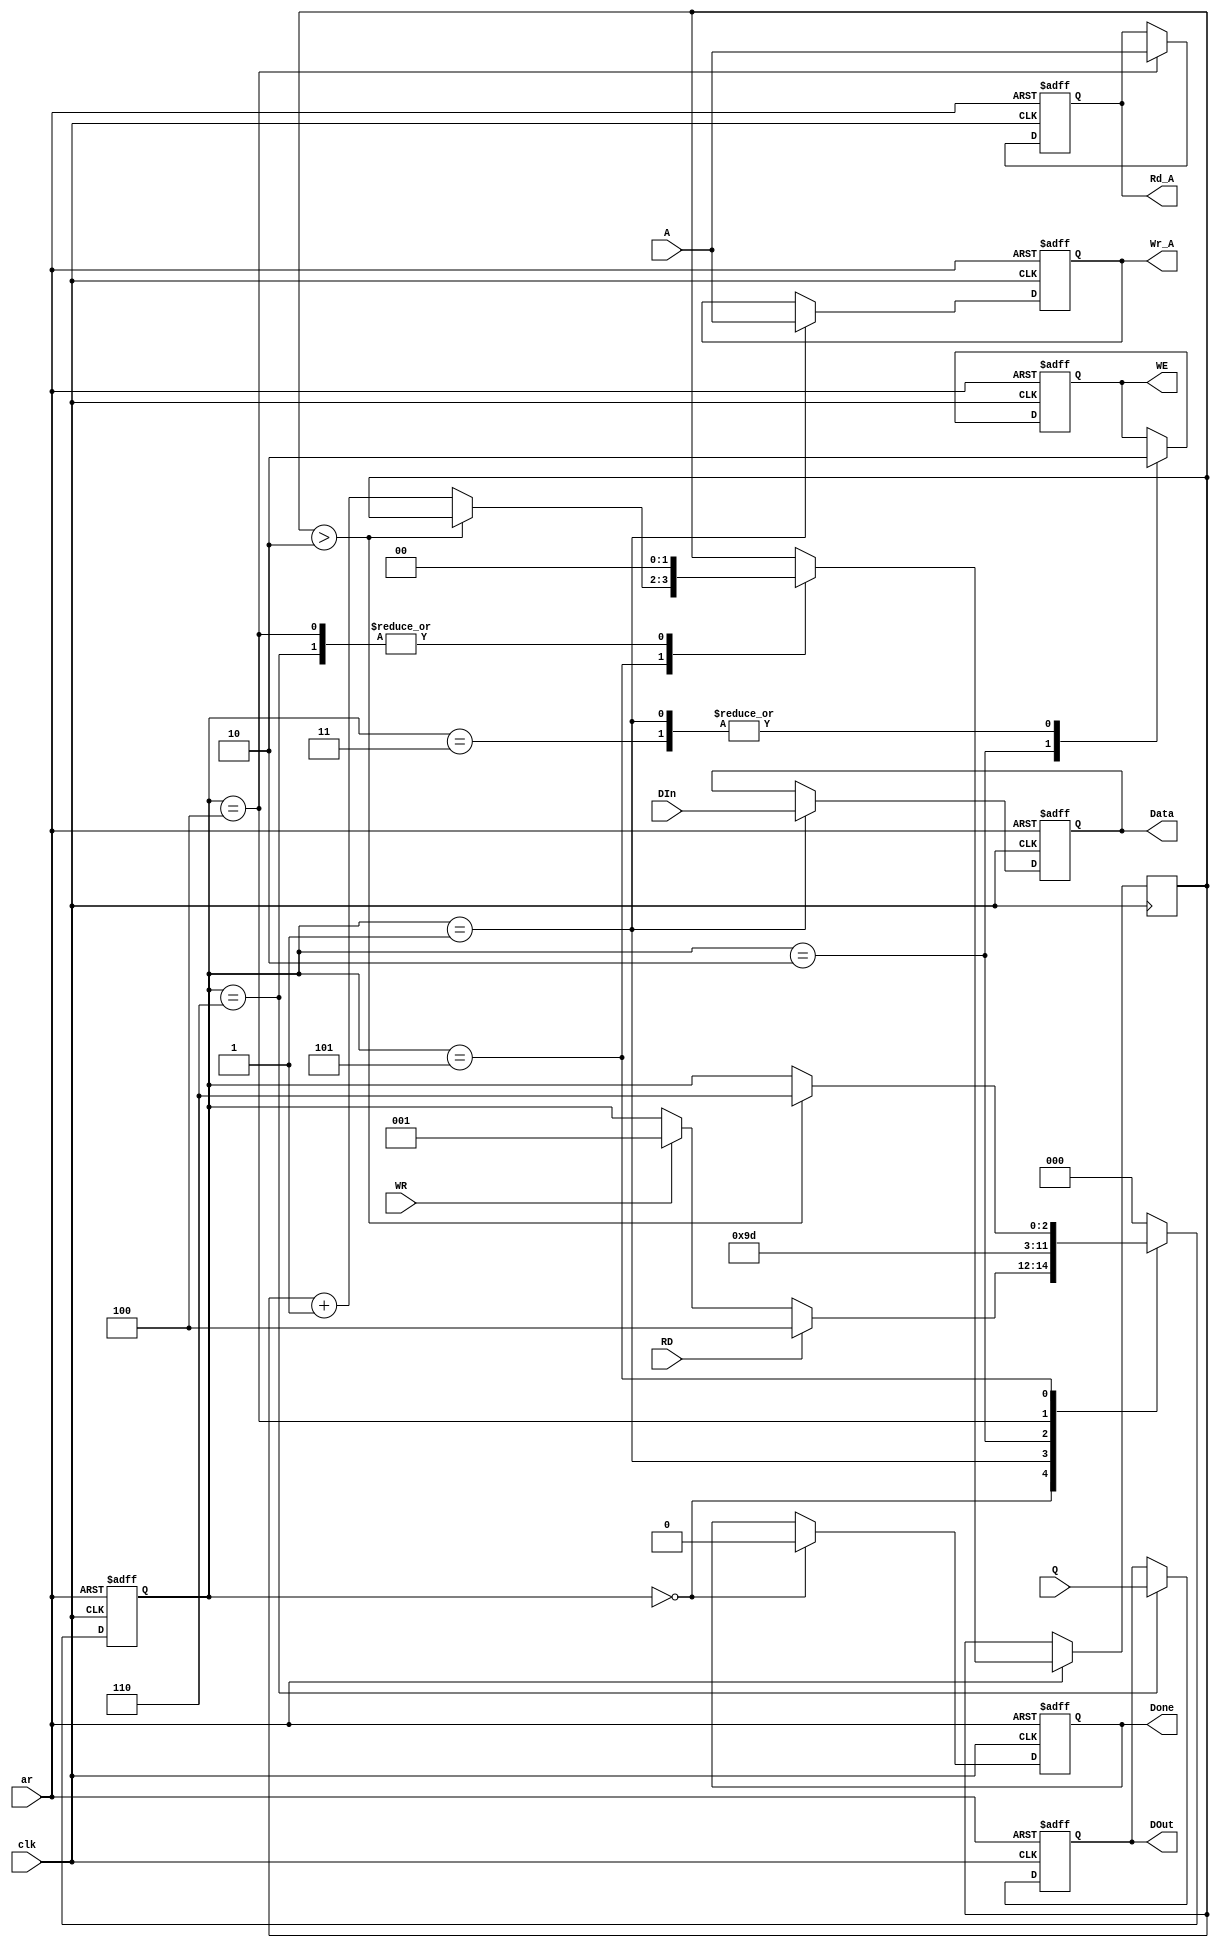
/*
/  Jack Mravunac
/  DPRAM_Controller.v
/  Controller for the DPRAM
/  27 February 2020
*/

`timescale 100 ns / 1 ns

module DPRAM_Controller(clk, ar, RD, WR, A, DIn, Q,
	DOut, Data, Wr_A, Rd_A, Done, WE);
	
	input clk, RD, WR, ar;
	input [9:0] A;
	input [15:0] DIn, Q;
	
	output reg [15:0] DOut, Data;
	output reg [9:0] Wr_A, Rd_A;
	output reg Done, WE;
	
	parameter [2:0]   Idle = 3'b0, Wr1 = 3'b001, Wr2 = 3'b010, Wr3 = 3'b011, Rd1 = 3'b100, Rd2 = 3'b101, Rd3 = 3'b110;
	reg [2:0] state;
	reg [1:0] delay;

	
	always @(negedge ar or posedge clk)
		if(~ar)
		 begin
			state = Idle;
			DOut = 16'b0;
			Data = 16'b0;
			Wr_A = 10'b0;
			Rd_A = 10'b0;
			Done = 1'b0;
			WE = 1'b0;
		 end
		else
		 begin
				case(state)
					Idle:
					begin
						Done = 1'b0;
						if(RD)
							state = Rd1;
						  else if(WR)
							state = Wr1;
							
						
					end
					
					Wr1:
					begin
						Data = DIn;
						Wr_A = A;
						WE = 1'b0;
						state = Wr2;
					end
					
					Wr2:
					begin
						WE = 1'b1;
						state = Wr3;
					end
					
					Wr3:
					begin
						WE = 1'b0;
						state = Idle;
					end
					
					Rd1:
					begin
						Rd_A = A;
						delay = 2'b0;
						state = Rd2;
					end
					
					Rd2:
					begin
						if(delay > 2'b10)
							state = Rd3;
						else
							delay = delay + 1;
					end
					
					Rd3:
					begin
						DOut = Q;
						delay = 2'b0;
						state = Idle;
					end
					
					default:
					begin
						state = Idle;
					end
				endcase
		 end

endmodule